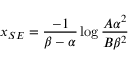
{ x _ { S E } = { \frac { - 1 } { \beta - \alpha } } \log { \frac { A { \alpha } ^ { 2 } } { B { \beta } ^ { 2 } } } }